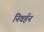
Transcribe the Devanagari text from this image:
निवर्हन